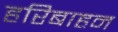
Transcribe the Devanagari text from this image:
हरिबाहन